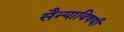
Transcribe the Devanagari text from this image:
सैन्याविषयी